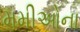
મમીઓના